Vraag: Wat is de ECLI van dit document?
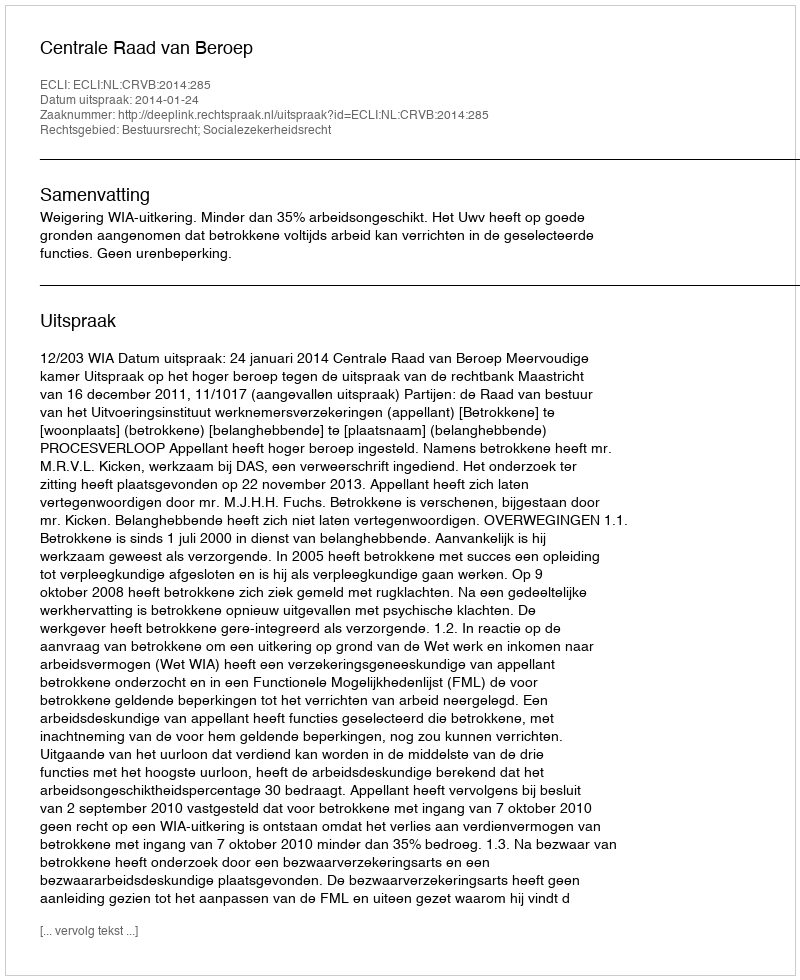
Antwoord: ECLI:NL:CRVB:2014:285